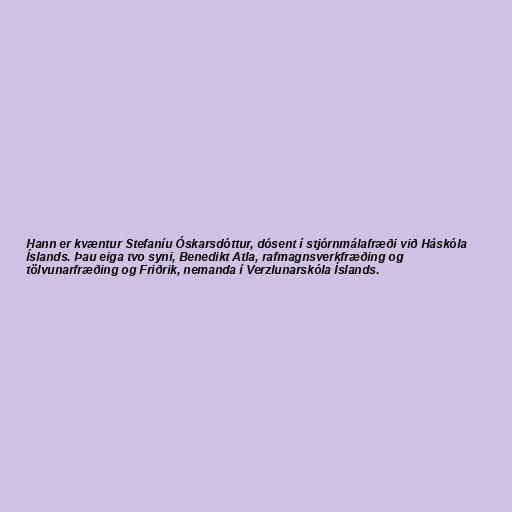
Hann er kvæntur Stefaníu Óskarsdóttur, dósent í stjórnmálafræði við Háskóla
Íslands. Þau eiga tvo syni, Benedikt Atla, rafmagnsverkfræðing og
tölvunarfræðing og Friðrik, nemanda í Verzlunarskóla Íslands.